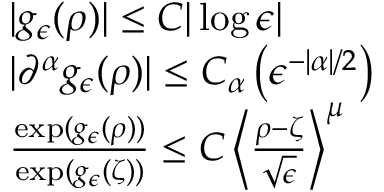
\begin{array} { r l } & { | g _ { \epsilon } ( \rho ) | \leq C | \log \epsilon | } \\ & { | \partial ^ { \alpha } g _ { \epsilon } ( \rho ) | \leq C _ { \alpha } \left( \epsilon ^ { - | \alpha | / 2 } \right) } \\ & { \frac { \exp ( g _ { \epsilon } ( \rho ) ) } { \exp ( g _ { \epsilon } ( \zeta ) ) } \leq C \left\langle \frac { \rho - \zeta } { \sqrt { \epsilon } } \right\rangle ^ { \mu } } \end{array}